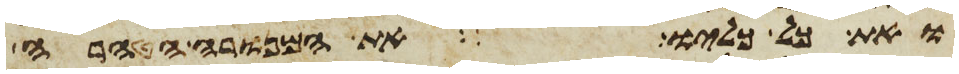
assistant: ואת כל כליו את המנורה הטהרה